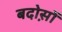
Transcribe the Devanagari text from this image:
बदोस़ों